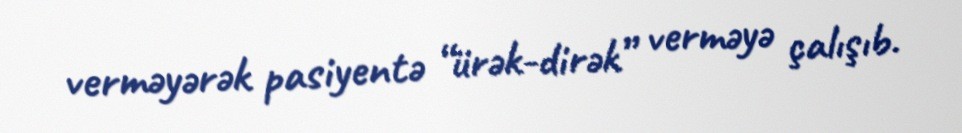
verməyərək pasiyentə “ürək-dirək” verməyə çalışıb.